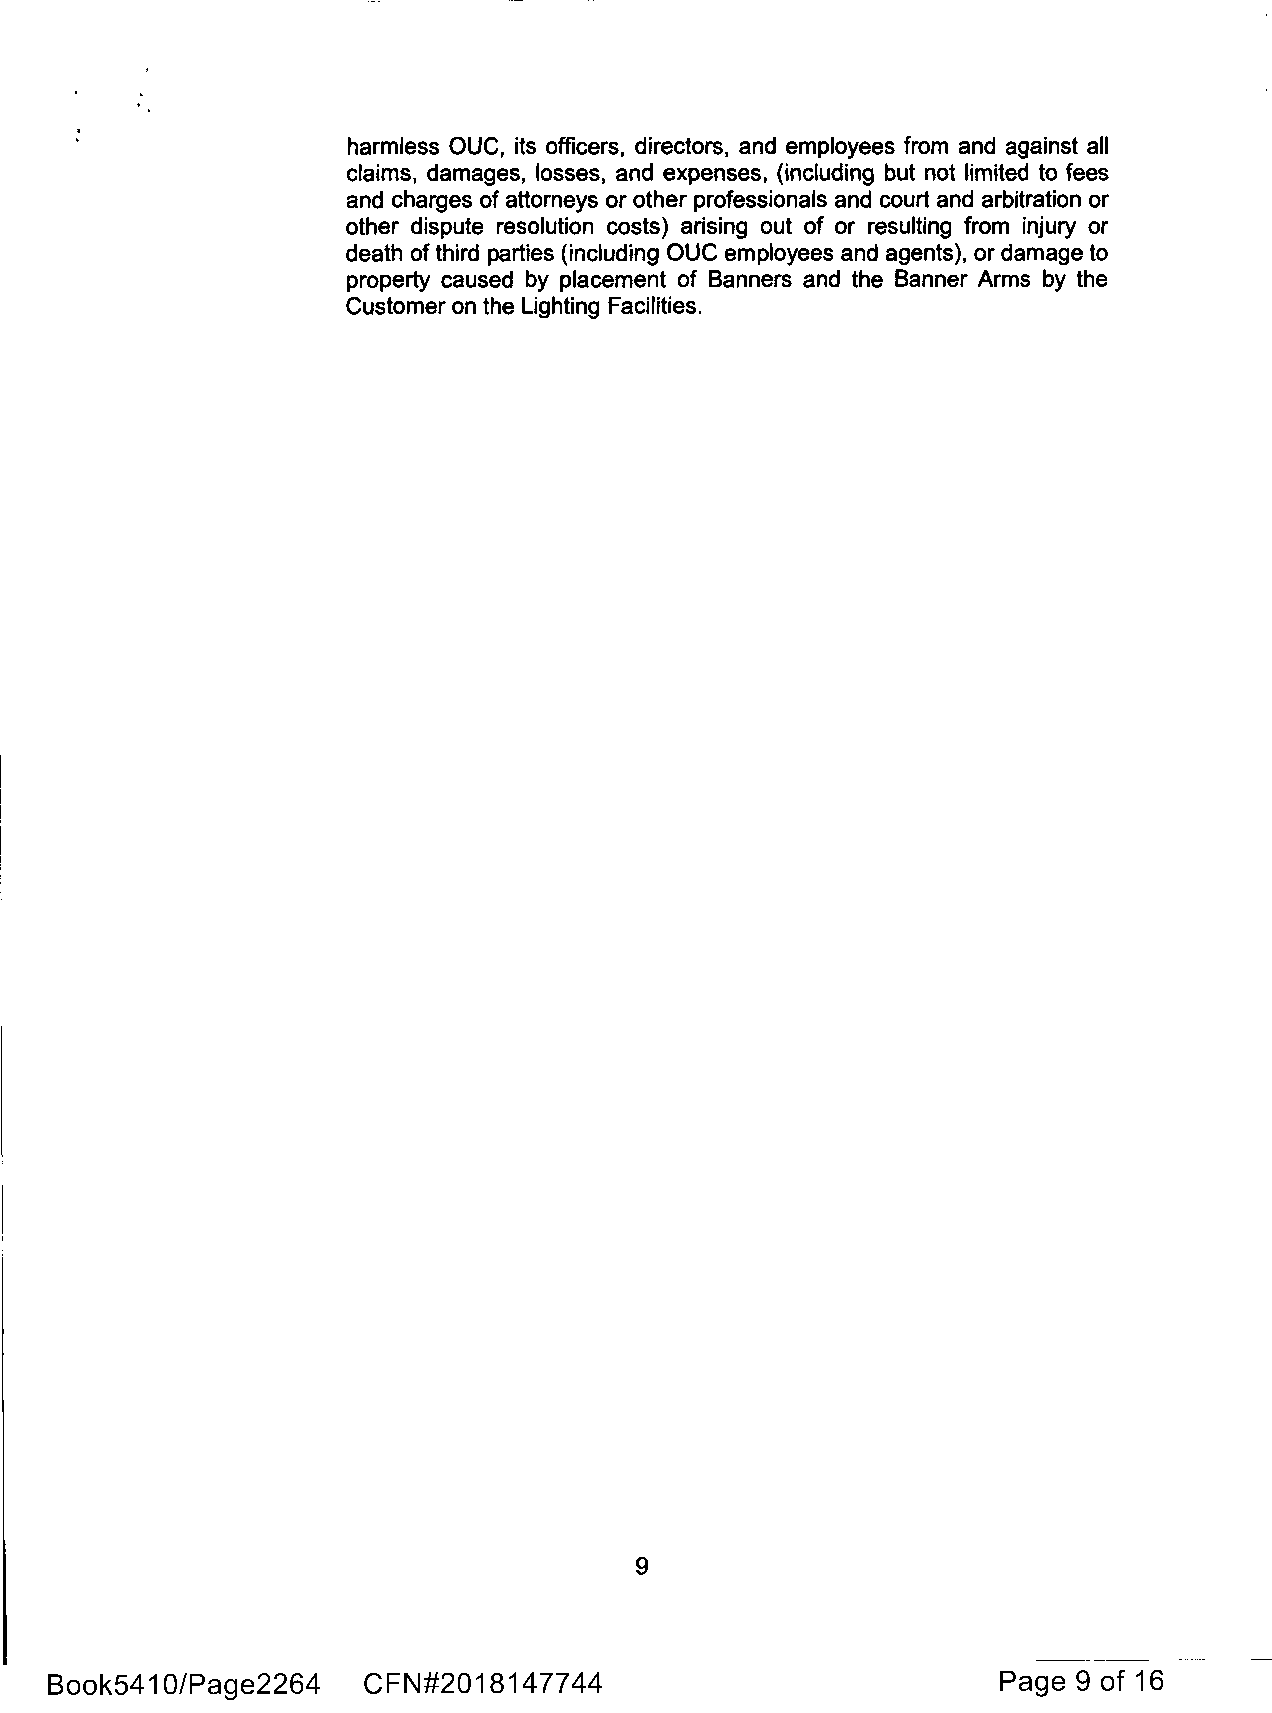
harmless OUC, its officers, directors, and employees from and against all
 claims, damages, losses, and expenses, (including but not limited to fees
 and charges of attorneys or other professionals and court and arbitration or
 other dispute resolution costs) arising out of or resulting from injury or
 death of third parties (including OUC employees and agents), or damage to
 property caused by placement of Banners and the Banner Arms by the
 Customer on the Lighting Facilities.
 9
 Book541 0/Page2264   CFN#201814  77 44                         Page 9 of 16